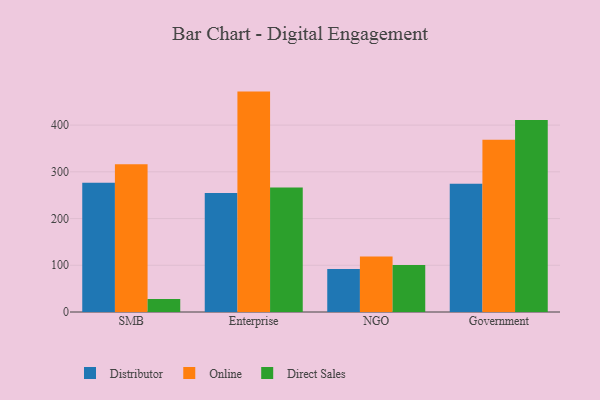
{"axis": {"x": "Segment", "y": "Backlog"}, "legend": ["Direct Sales", "Distributor", "Online"], "data": [{"x": "SMB", "y": 276.6, "type": "Distributor"}, {"x": "SMB", "y": 316.3, "type": "Online"}, {"x": "SMB", "y": 27.8, "type": "Direct Sales"}, {"x": "Enterprise", "y": 254.7, "type": "Distributor"}, {"x": "Enterprise", "y": 471.7, "type": "Online"}, {"x": "Enterprise", "y": 266.4, "type": "Direct Sales"}, {"x": "NGO", "y": 92.1, "type": "Distributor"}, {"x": "NGO", "y": 119.0, "type": "Online"}, {"x": "NGO", "y": 100.4, "type": "Direct Sales"}, {"x": "Government", "y": 274.5, "type": "Distributor"}, {"x": "Government", "y": 368.8, "type": "Online"}, {"x": "Government", "y": 411.0, "type": "Direct Sales"}]}